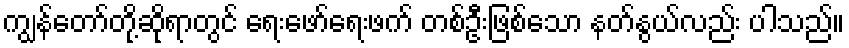
ကျွန်တော်တို့ဆိုရာတွင် ရေးဖော်ရေးဖက် တစ်ဦးဖြစ်သော နတ်နွယ်လည်း ပါသည်။